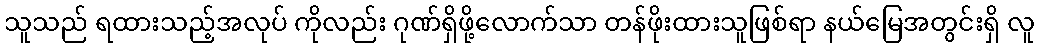
သူသည် ရထားသည့်အလုပ် ကိုလည်း ဂုဏ်ရှိဖို့လောက်သာ တန်ဖိုးထားသူဖြစ်ရာ နယ်မြေအတွင်းရှိ လူ